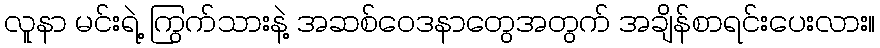
လူနာ မင်းရဲ့ ကြွက်သားနဲ့ အဆစ်ဝေဒနာတွေအတွက် အချိန်စာရင်းပေးလား။